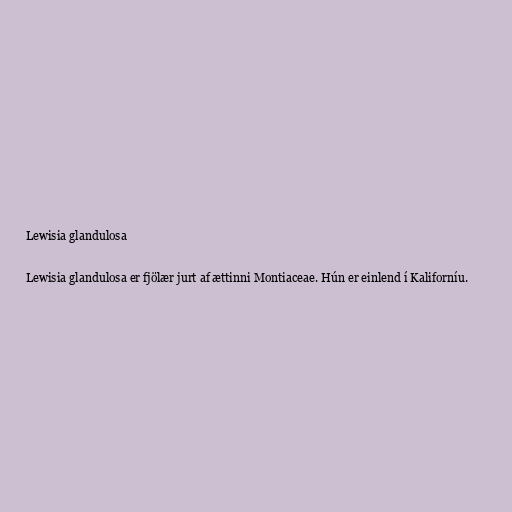
Lewisia glandulosa

Lewisia glandulosa er fjölær jurt af ættinni Montiaceae. Hún er einlend í Kaliforníu.